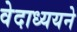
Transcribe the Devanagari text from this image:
वेदाध्ययने